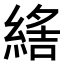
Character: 𦂑